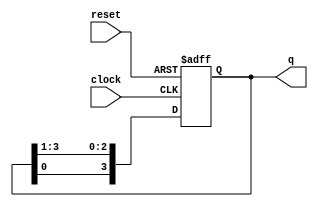
module ring_counter4(clock, reset, q);
	input 		clock, reset;
	output reg	[3:0]q;
	
	always @(posedge clock or posedge reset)
	begin
		if (reset == 1) q <= 4'b1110;
		else
		begin
			q[3] <= q[0];
			q[2] <= q[3];
			q[1] <= q[2];
			q[0] <= q[1];
		end
	end
endmodule